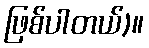
ဖြစ်ပါတယ်)။